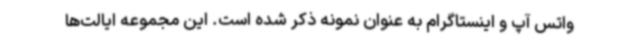
واتس آپ و اینستاگرام به عنوان نمونه ذکر شده است. این مجموعه ایالت‌ها